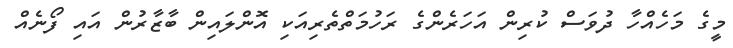
މީގެ މަހެއްހާ ދުވަސް ކުރިން އަހަރެންގެ ރަހުމަތްތެރިއަކި އޮންލައިން ބާޒާރުން އައި ފޯނެއް